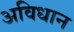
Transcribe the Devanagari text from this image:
अविधान